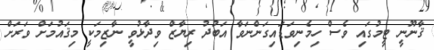
ޤާނޫނީ ޓީމުގައި ވެސް ހިމެނިވަޑައިގަންނަވާ އަބުދު ރިޔާޒް ވިދާޅުވީ ނާޒިމަކީ މިޤައުމަށް ވަރަށް